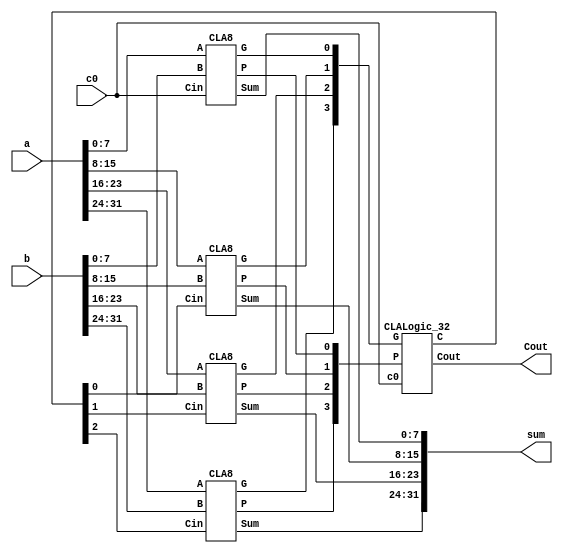
`timescale 1ns / 1ps

module CLA_32bit(a, b, c0, sum, Cout);

	input [31:0] a;
	input [31:0] b;
	input c0;
	output [31:0] sum;
	output Cout;

	wire [3:0] G;		
	wire [3:0] P;	
	wire [3:1] C;	
		
	CLALogic_32 CarryLookAhead(G[3:0], P[3:0], c0, C[3:1], Cout);

	CLA8 u0 (a[ 7: 0],b[ 7: 0],  c0, sum[ 7: 0],	G[0],	P[0]);
	CLA8 u1 (a[15: 8],b[15: 8],C[1], sum[15: 8],	G[1],	P[1]);
	CLA8 u2 (a[23:16],b[23:16],C[2], sum[23:16],	G[2],	P[2]);
	CLA8 u3 (a[31:24],b[31:24],C[3], sum[31:24],	G[3],	P[3]);
endmodule

module CLA8(A, B, Cin, Sum, G, P);
	input [7:0] A;
	input [7:0] B;
	input Cin;			
	output [7:0] Sum;
	output G;			
	output P;
		
	wire [7:0] g;		
	wire [7:0] p;
	wire [7:1] c;
		
	CLALogic_8 CarryLookAhead (g, p, Cin, c, G, P);
	GPFullAdder FA0 (A[0], B[0], Cin, 	g[0], p[0], Sum[0]);
	GPFullAdder FA1 (A[1], B[1], c[1], 	g[1], p[1], Sum[1]);
	GPFullAdder FA2 (A[2], B[2], c[2], 	g[2], p[2], Sum[2]);
	GPFullAdder FA3 (A[3], B[3], c[3], 	g[3], p[3], Sum[3]);
	GPFullAdder FA4 (A[4], B[4], c[4], 	g[4], p[4], Sum[4]);
	GPFullAdder FA5 (A[5], B[5], c[5], 	g[5], p[5], Sum[5]);
	GPFullAdder FA6 (A[6], B[6], c[6], 	g[6], p[6], Sum[6]);
	GPFullAdder FA7 (A[7], B[7], c[7], 	g[7], p[7], Sum[7]);

endmodule

module GPFullAdder(x, y, cin, g, p, Sum);
      input x;
      input y;
      input cin;		
      output g;		
      output p;		
      output Sum;

      assign g = x & y;				//g=x*y
      assign p = x | y;				//p=x+y
      assign Sum = x ^ y ^ cin;	//Sum=XOR(x, y, cin)
endmodule
  
  
module CLALogic_8 (g, p, Cin, c, G, P);
	input [7:0] g;
	input [7:0] p;
	input Cin;		
	output [7:1] c;	
	output P;		
	output G;		
		
	assign P = &p;		
	assign G =   g[7] | 
					(p[7] & g[6]) | 
					((&p[7:6]) & g[5]) | 
					((&p[7:5]) & g[4]) | 
					((&p[7:4]) & g[3]) | 
					((&p[7:3]) & g[2]) | 
					((&p[7:2]) & g[1]) | 
					((&p[7:1]) & g[0]);

	assign c[1] = g[0] | (p[0] & Cin);
	assign c[2] = g[1] | (p[1] & g[0]) | ((&p[1:0]) & Cin);
	assign c[3] = g[2] | (p[2] & g[1]) | ((&p[2:1]) & g[0]) | ((&p[2:0]) & Cin);
	assign c[4] = g[3] | (p[3] & g[2]) | ((&p[3:2]) & g[1]) | ((&p[3:1]) & g[0]) | ((&p[3:0]) & Cin);
	assign c[5] = g[4] | (p[4] & g[3]) | ((&p[4:3]) & g[2]) | ((&p[4:2]) & g[1]) | ((&p[4:1]) & g[0])| ((&p[4:0]) & Cin);
	assign c[6] = g[5] | (p[5] & g[4]) | ((&p[5:4]) & g[3]) | ((&p[5:3]) & g[2]) | ((&p[5:2]) & g[1])| ((&p[5:1]) & g[0]) | ((&p[5:0]) & Cin);
	assign c[7] = g[6] | (p[6] & g[5]) | ((&p[6:5]) & g[4]) | ((&p[6:4]) & g[3]) | ((&p[6:3]) & g[2])| ((&p[6:2]) & g[1]) | ((&p[6:1]) & g[0]) | ((&p[6:0]) & Cin);		
   
endmodule



module CLALogic_32 (G, P, c0, C, Cout);
	input [3:0] G;
	input [3:0] P;
	input c0;
	output [3:1] C;	
	output Cout;		
		
	assign C[1] = G[0] | (P[0] & c0);
	assign C[2] = G[1] | (P[1] & G[0]) | ((&P[1:0]) & c0);
	assign C[3] = G[2] | (P[2] & G[1]) | ((&P[2:1]) & G[0]) | ((&P[2:0]) & c0);
	assign Cout = G[3] | (P[3] & G[2]) | ((&P[3:2]) & G[1]) | ((&P[3:1]) & G[0]) | ((&P[3:0]) & c0);

endmodule